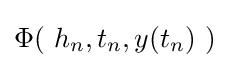
\Phi (\ h_{n},t_{n},y(t_{n})\ )